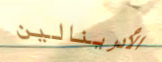
الأدرينالين